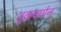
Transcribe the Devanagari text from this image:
शुकवर्णन